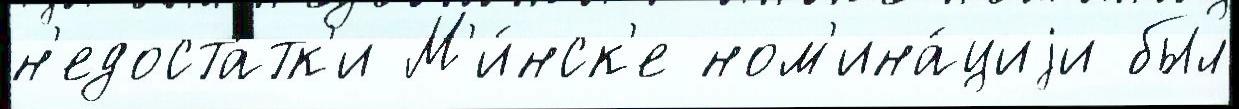
н'едоста́тк'и М'и́нск'е ном'ина́циjи был